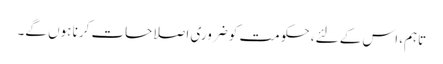
تاہم، اس کے لئے، حکومت کو ضروری اصلاحات کرنا ہوں گے۔